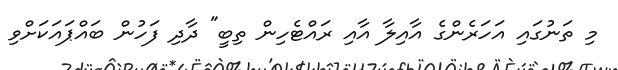
މި ތަނުގައި އަހަރެންގެ އާއިލާ އާއި ރައްޓެހިން ތިބީ" ދާދި ފަހުން ބައްޕައަކަށްވި